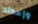
وإعداد